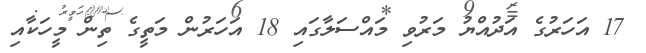
17 އަހަރުގެ އަދުއްޔު މަރުވި މައްސަލާގައި 18 އަހަރުން މަތީގެ ތިން މީހަކާއި